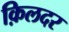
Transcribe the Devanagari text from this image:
क़िलदर